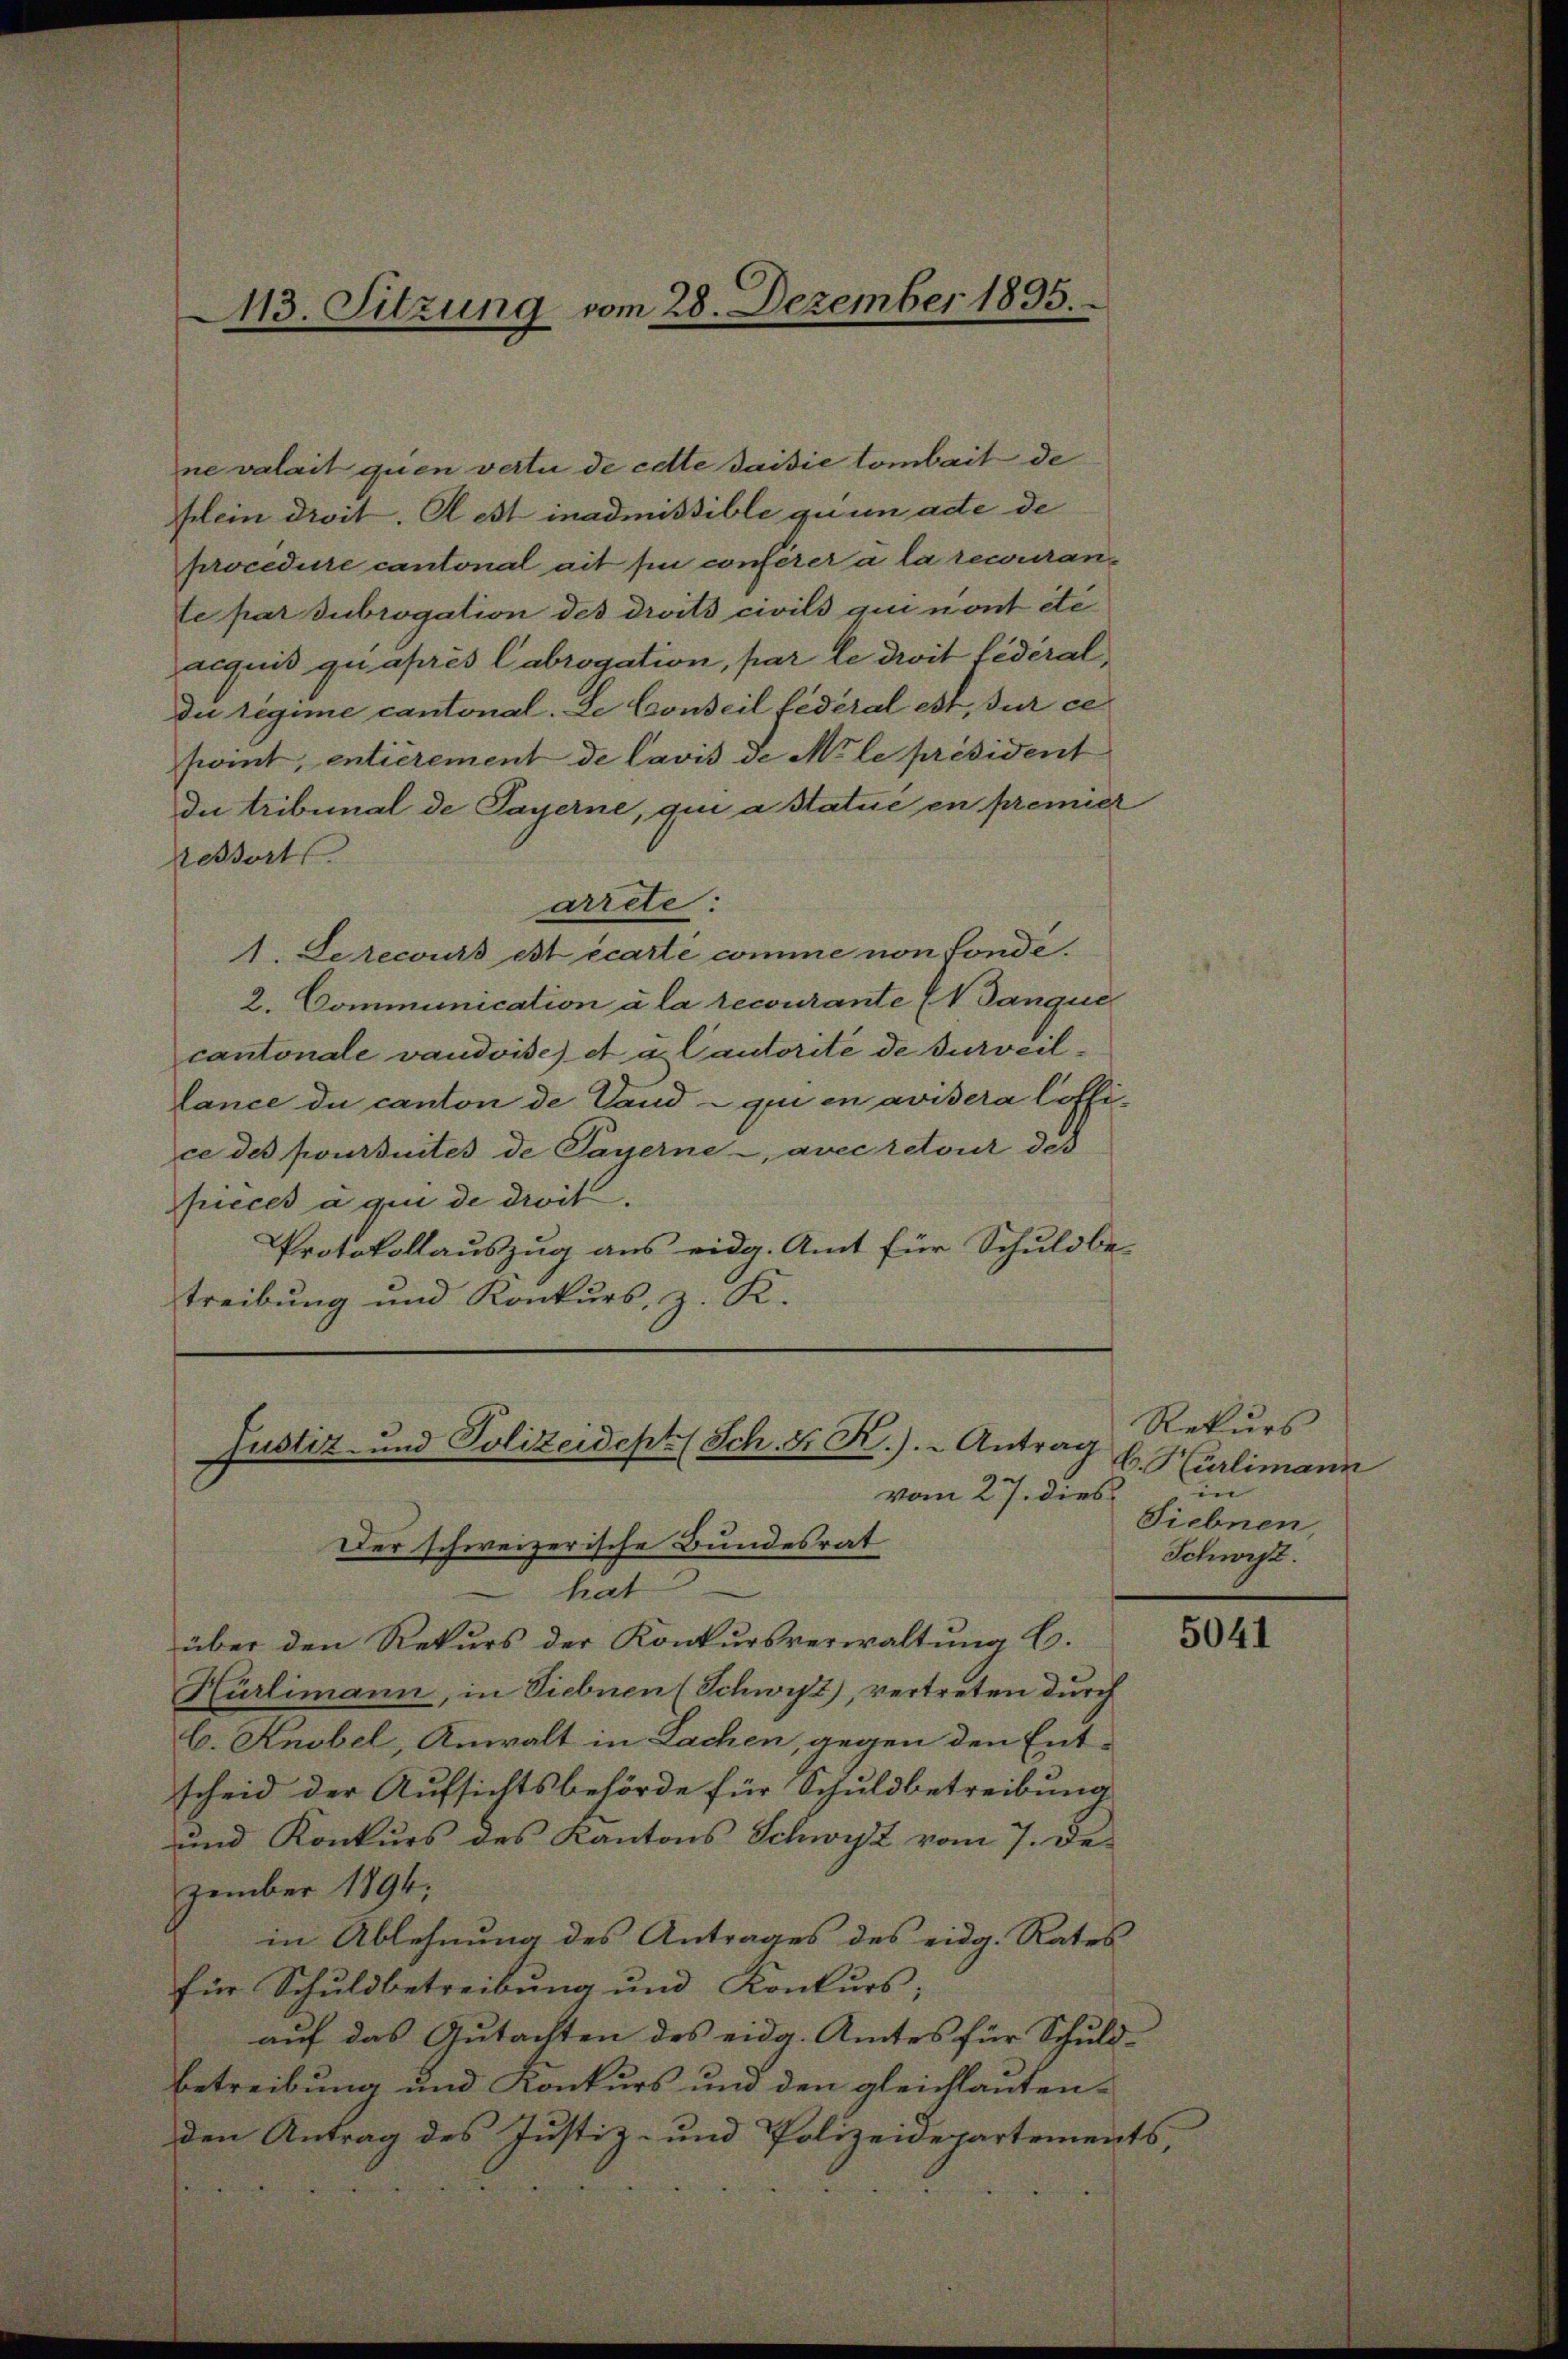
113. Sitzung vom 28. Dezember 1895.

ne valait quien vertu de cette saisie tombait de
plein droit. A est inadmissible quin acte de
procedure cantonal ait sie conferer a la recouranle par subrogation des droits civils qui nont été
acquis qu’après Cabrogation, par le droit fédéraldie regime cantonal. Le Conseil fédéral est, sur ce
swoint, entierement de lavis de Mile président
du tribunal de Payerne, qui a Statue en premier
dessert
arrete:
A. Serecours est écarte comme non fonde.
2. Communication a la recourante (Vanque
cantonale vaudoise et u. Cautorité de surveillance du canton de Land - qui en avisera loffice des poursuites de Payerne -, avec retour des
pieces a qui de droit.
Protokollauszug aus eidg. Amt für Schuldbestreibung und Konkurs, z. K.

Der schweizerische Bundesrat
hat
über den Rekurs der Konkursverwaltung C.
Hürlimann, in Siebnen (Schwyz), vertreten durch
C. Knobel, Anwalt in Lachen, gegen den Ent-
scheid der Aufsichtsbehörde für Schuldbetreibung
und Konkurs des Kantons Schwyz vom 7. Dezember 1894.
in Ablehnung des Antrages des eidg. Rates
für Schuldbetreibung und Konkurs;
auf das Gutachten des eidg. Amtes für Schuldbetreibung und Konkurs und den gleichlauten-
den Antrag des Justiz- und Polizeidepartements,

ustiz- und Polizeidept (Sch. S. K.). Antrag
vom 27. dies

Rekurs
b. Hürlimann
in
Siebnen,
Schwist.

5041